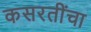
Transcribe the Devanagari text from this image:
कसरतींचा